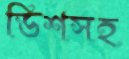
ডিশসহ